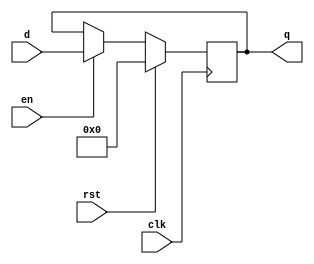
`timescale 1ns / 1ps
//////////////////////////////////////////////////////////////////////////////////
// Company: 
// Engineer: 
// 
// Design Name: 
// Module Name: flopenr
// Project Name: 
// Target Devices: 
// Tool Versions: 
// Description: 
// 
// Dependencies: 
// 
// Revision:
// Revision 0.01 - File Created
// Additional Comments:
// 
//////////////////////////////////////////////////////////////////////////////////


module flopenr #(parameter WIDTH = 8)(
	input wire clk,rst,en,
	input wire[WIDTH-1:0] d,
	output reg[WIDTH-1:0] q
    );
	always @(posedge clk) begin
		if(rst) begin
			q <= 0;
		end else if(en) begin
			/* code */
			q <= d;
		end
	end
endmodule